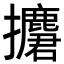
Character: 𢹲